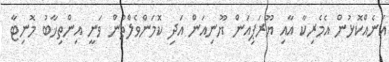
އަނެއްކޮޅުން އެމެރިކާ އާއި ޔޫރަޕިއަން ޔޫނިއަން އަދި ކޮމަންވެލްތުން ވަނީ އިންތިޚާބު މޮނިޓާ